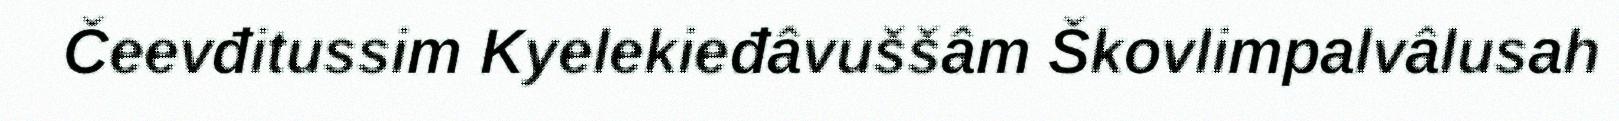
Čeevđitussim Kyelekieđâvuššâm Škovlimpalvâlusah